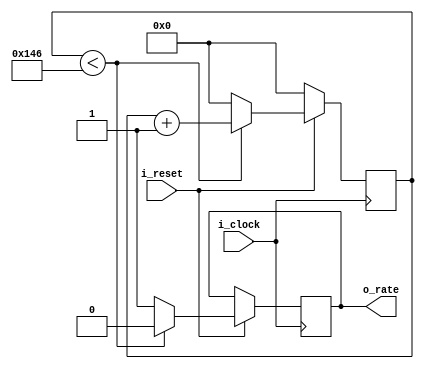
 `timescale 1ns / 1ps

//////////////////////////////////////////////////////////////////////////////////
// Company: 
// 
// Design Name: 
// Module Name: baud_rate_generator
// Project Name: BIPI
// Target Devices: 
// Tool Versions: 
// Description:
// 
// Dependencies: 
// 
// Revision:
// Revision 0.01 - File Created
// Additional Comments:
// 
//////////////////////////////////////////////////////////////////////////////////


// Constantes.
`define BAUD_RATE           19200        // Baud rate a generar.
`define FREC_CLOCK_MHZ      100.0       // Frecuencia del clock en MHZ.

module baud_rate_generator(
    i_clock, 
    i_reset,
    o_rate
    );

// Parametros.
parameter BAUD_RATE    = `BAUD_RATE;
parameter FREC_CLOCK_MHZ  = `FREC_CLOCK_MHZ;

// Local Param
localparam integer MODULO_CONTADOR = (FREC_CLOCK_MHZ * 1000000) / (BAUD_RATE * 16);


// Entradas - Salidas.

input i_clock;     
input i_reset; 
output reg o_rate;       



// Registros.
reg [ $clog2 (MODULO_CONTADOR) - 1 : 0 ] reg_contador;


always@( posedge i_clock) begin
     // Se resetean los registros.
    if (~ i_reset) begin
        reg_contador <= 0;
    end 

    else begin
        if (reg_contador < MODULO_CONTADOR) begin
            o_rate <= 0;
            reg_contador <= reg_contador+1;
        end
        else begin
            o_rate <= 1;
            reg_contador <= 0;
        end
    end
end

endmodule